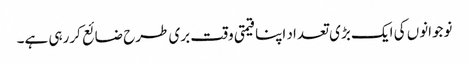
نوجوانوں کی ایک بڑی تعداد اپنا قیمتی وقت بری طرح ضائع کررہی ہے۔